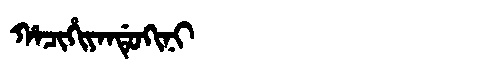
Manchu: ᡥᠠᠴᡳᡥᡳᠶᠠᠨᡩᡠᡴᡳᠨᡳ
Romanization: HACIHIYANDUKINI